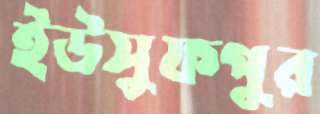
ইউসুফপুর